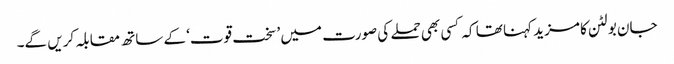
جان بولٹن کا مزید کہنا تھا کہ کسی بھی حملے کی صورت میں ’سخت قوت‘ کے ساتھ مقابلہ کریں گے۔